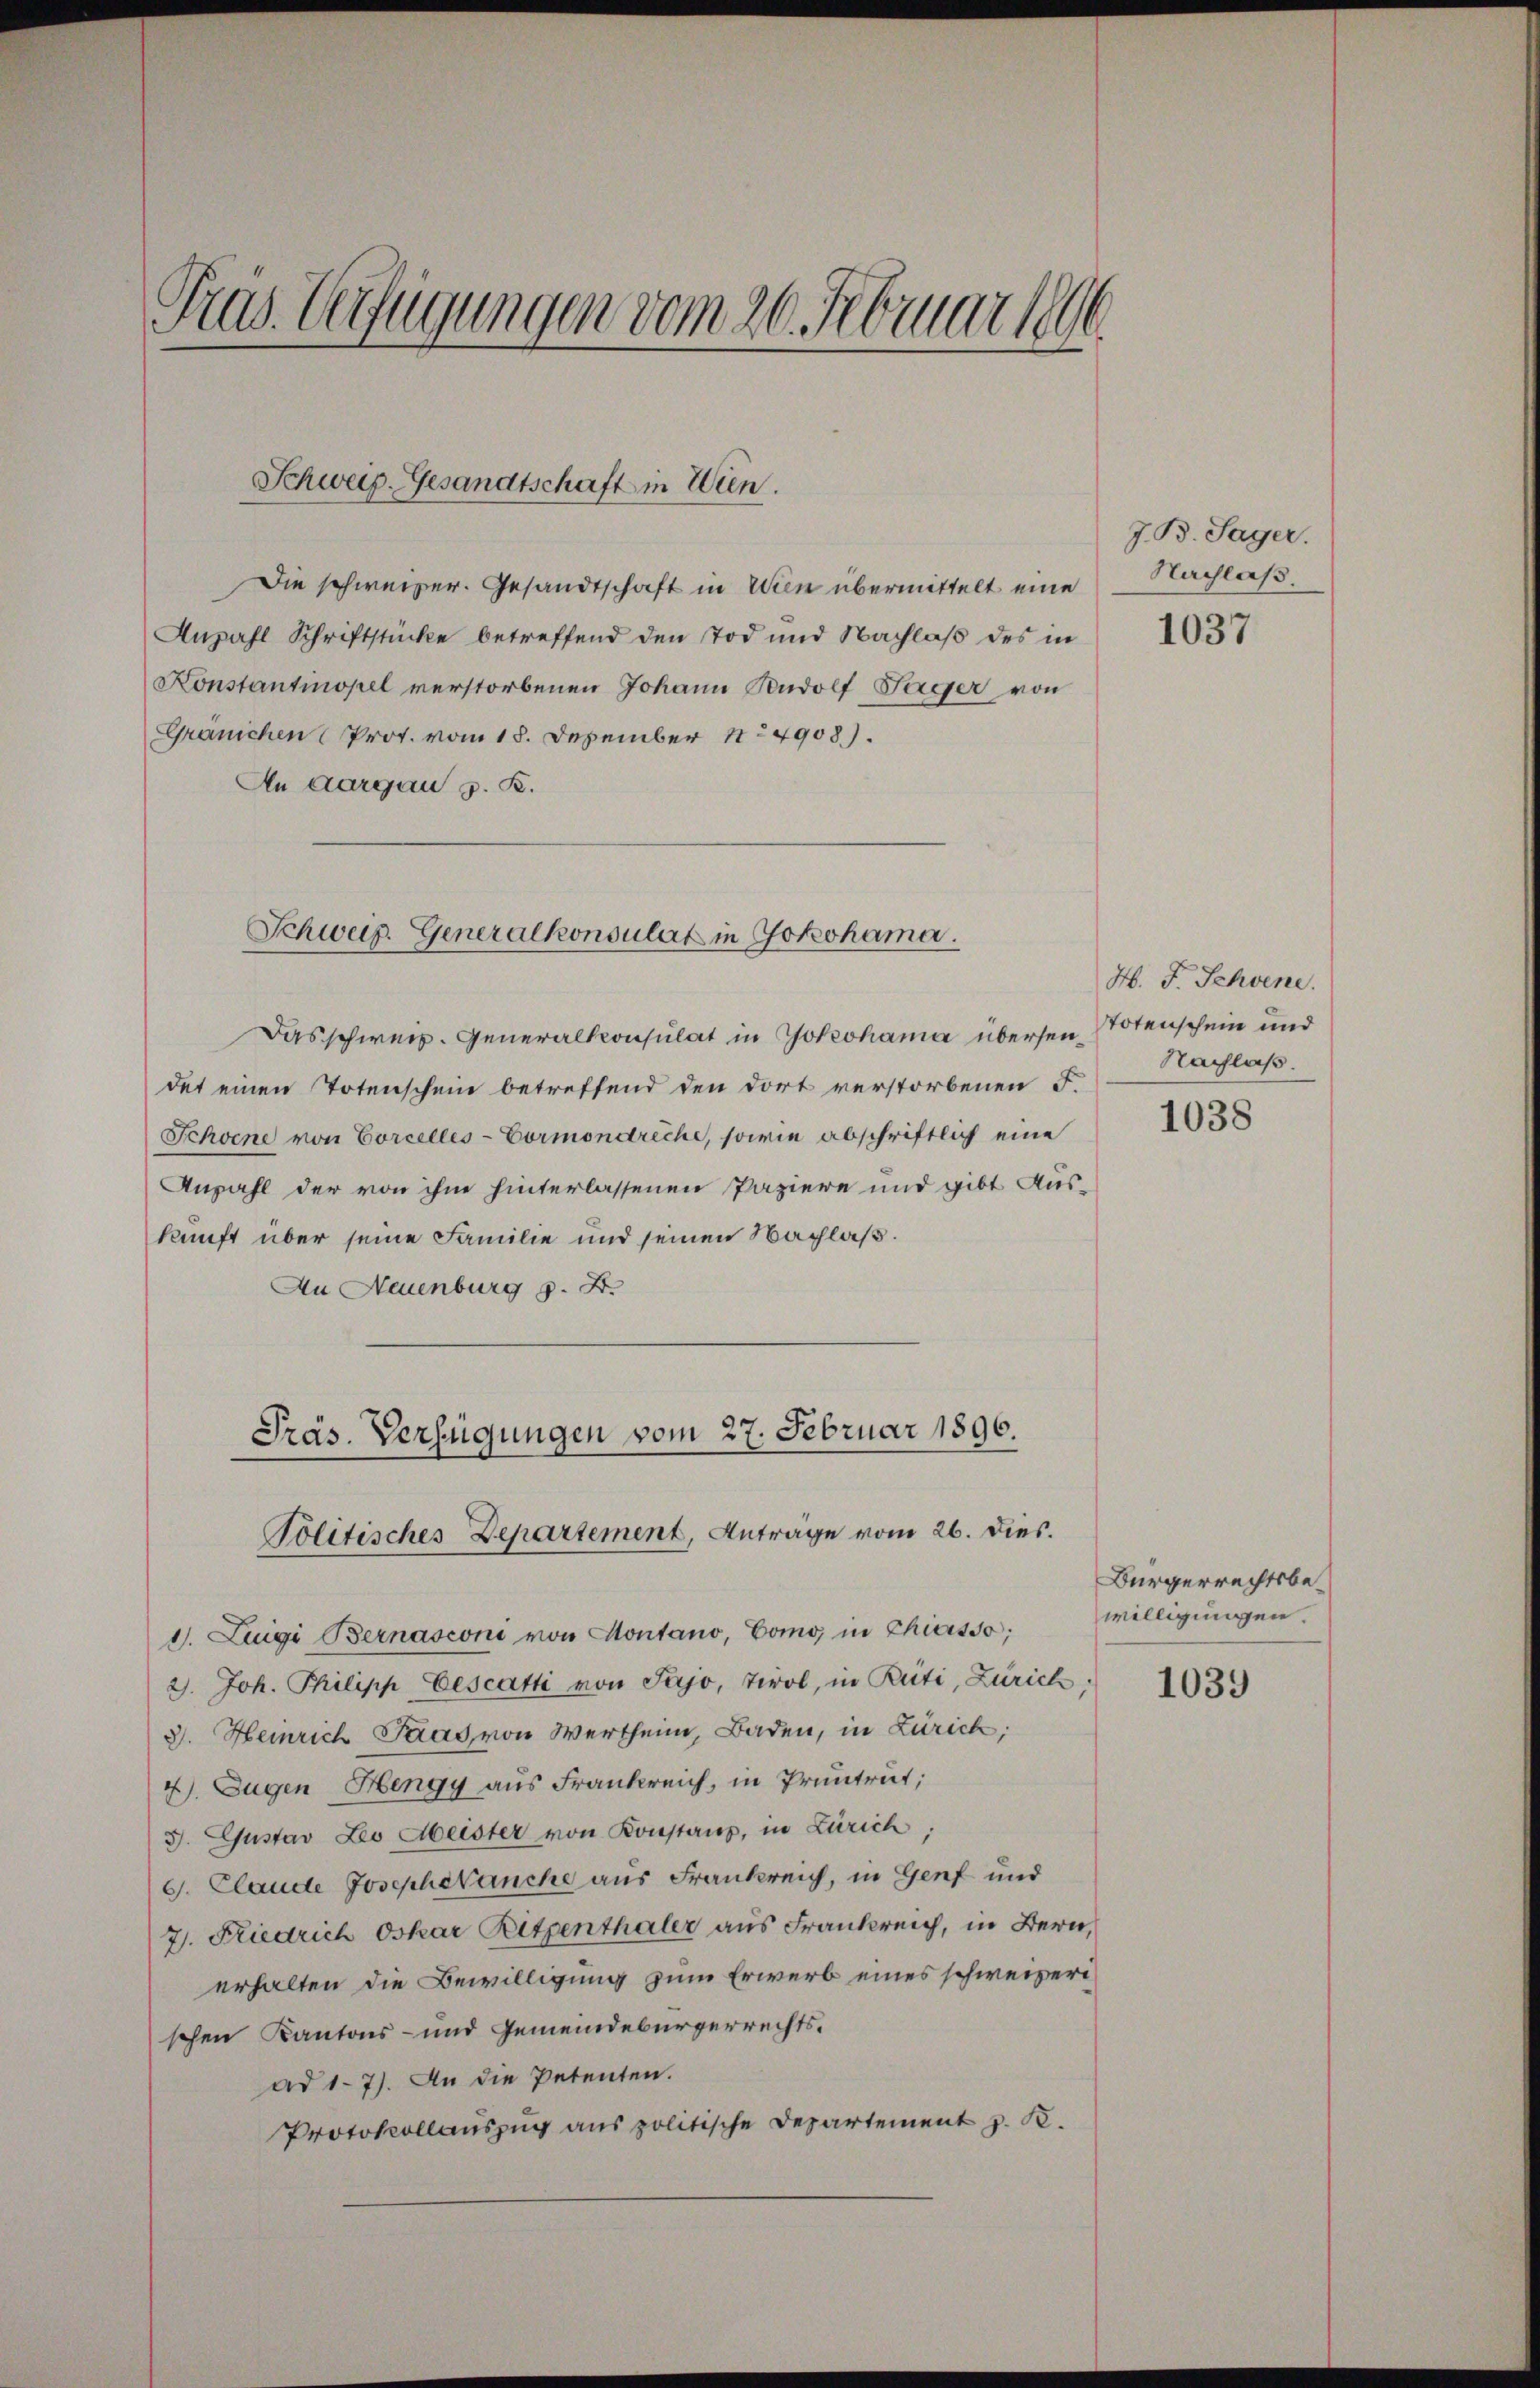
Pras. Verfügungen vom 26. Februar 1896

Schweiz. Gesandtschaft in Wien.

Anzahl Schriftstücke betreffend den Tod und Nachlaß des in
Konstantinopel verstorbenen Johann Rudolf Lager von
Gränichen Prot. vom 18. Dezember 14908.
An aargau z. B.

Schweiz. Generalkonsulat in Jokohama.

Präs. Verfügungen vom 27. Februar 1896.
Politisches Departement, Anträge vom 26. dies.

Die schweizer. Gesandtschaft in Wien übermittelt eine

Das schweiz. Generalkonsulat in Yokohama übersen Notenschein und
det einen Totenschein betreffend den dort verstorbenen F.
Schoene von Corcelles-Cormondreche, sowie abschriftlich eine
Anzahl der von ihm hinterlassenen Papiere und gibt Auskunft über seine Familie und seinen Nachlaß.
An Neuenburg z. B.

d. Luigi Bernasconi von Montano, Como in Chiasso;
2. Joh. Philipp Eescatti von Pajo, Tirol, in Rüti, Zürich,
3. Heinrich Paas von Wertheim, Baden, in Zürich;
4. Eugen Hengy aus Frankreich, in Pruntrut;
3. Gustav Leo Meister von Konstanz, in Zürich
G. Claude Josepheanche aus Frankreich, in Genf und
7. Fliedrich Oskar Ritpenthaler aus Frankreich, in Bern,
erhalten die Bewilligung zum Erwerb eines schweizerischen Kantons- und Gemeindebürgerrechtsad 17). An die Petenten.
Protokollauszug aus politische Departement z. K.

J. B. Sager.
Nachlaß.

1037

H. F. Schwene.
Nachlaß.

1038

Bürgerrechtsbewilligungen.

1039